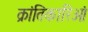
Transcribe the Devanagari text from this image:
क्रांतिकारिओं